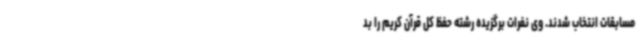
مسابقات انتخاب شدند. وی نفرات برگزیده رشته حفظ کل قرآن کریم را بد